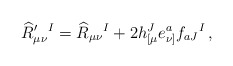
\begin{align*}\widehat R'_{\mu \nu }{}^I= \widehat R_{\mu \nu }{}^I+ 2h_{[\mu }^Je_{\nu ]}^a f_{aJ}{}^I\,, \end{align*}